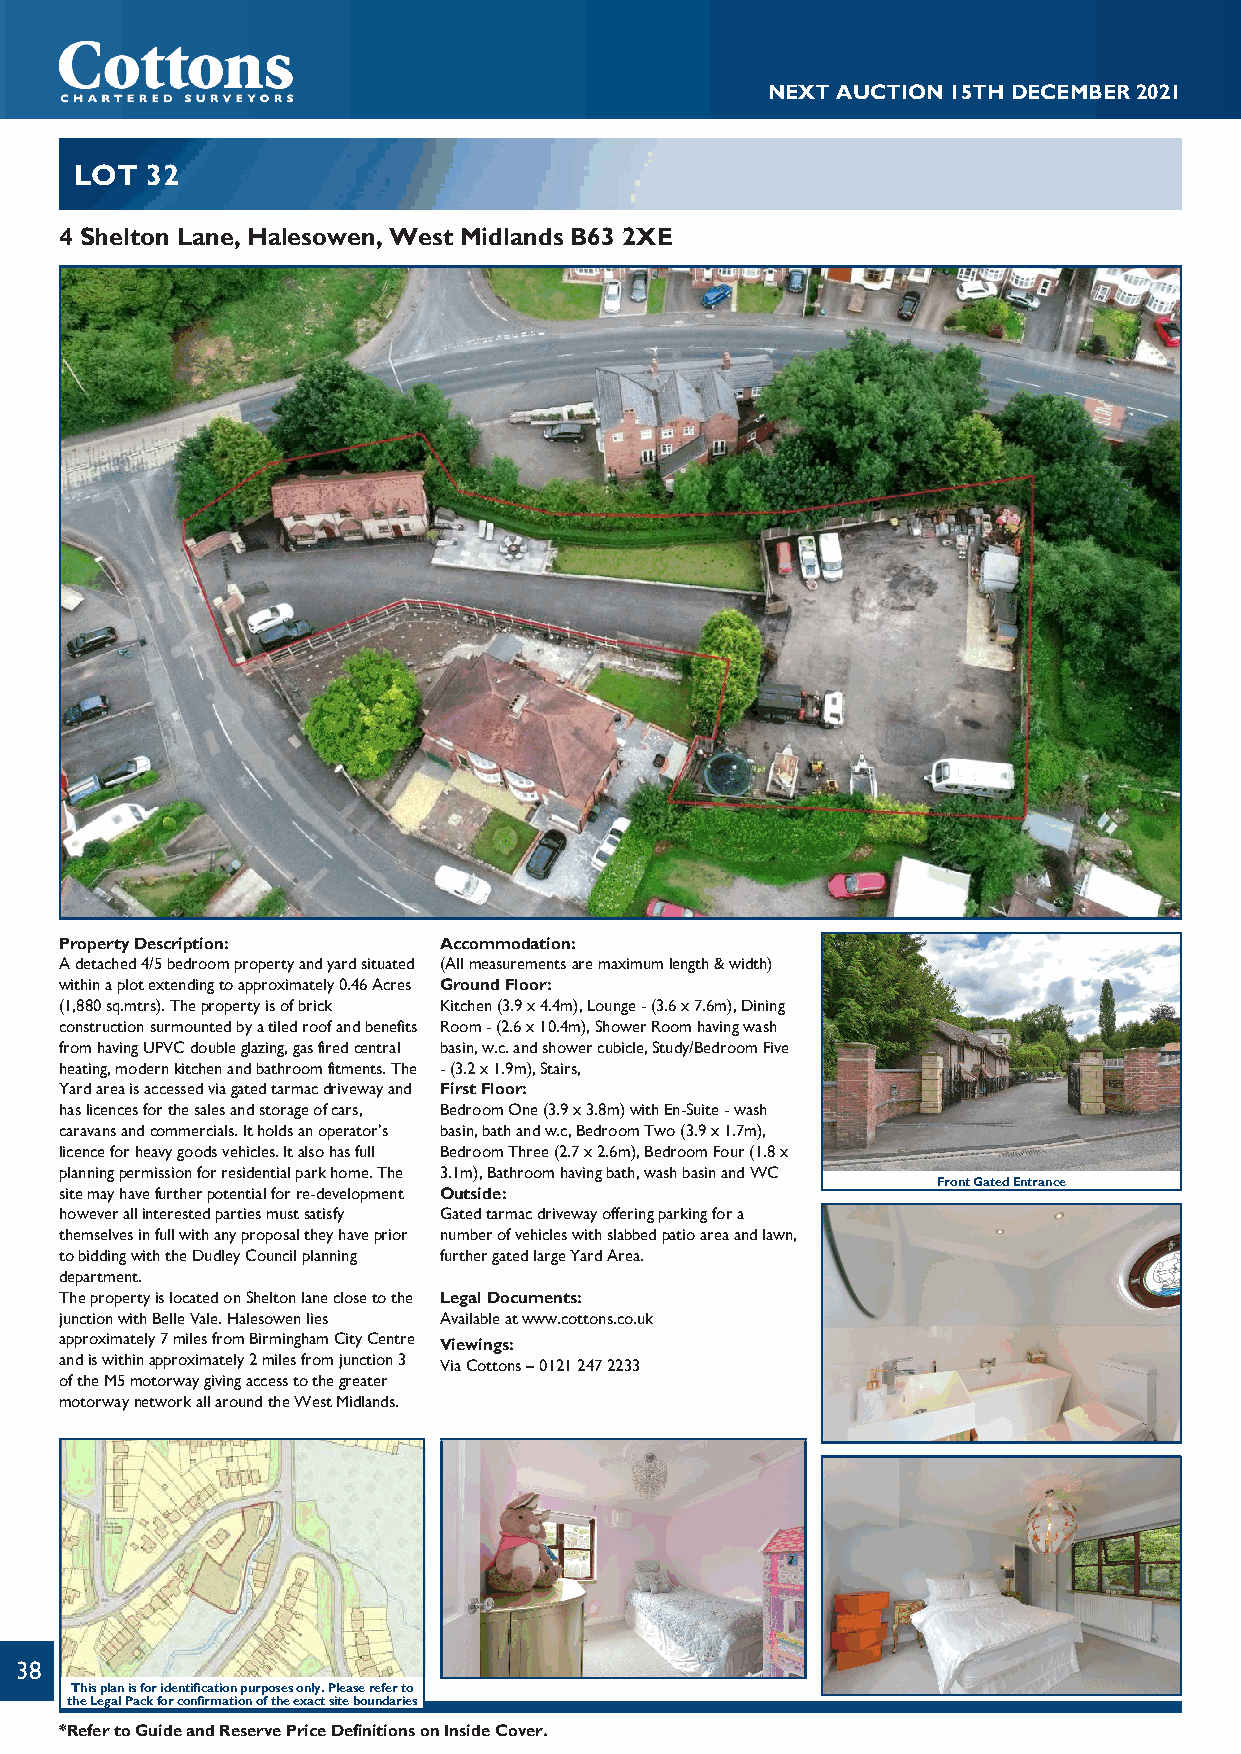
NEXTAUCTION15THDECEMBER2021
 LOT  32
 4 Shelton Lane, Halesowen, West Midlands B63 2XE
 PropertyDescription:     Accommodation:
 Adetached4/5bedroompropertyandyardsituated (Allmeasurementsaremaximumlength&width)
 withinaplotextendingtoapproximately0.46Acres GroundFloor:
 (1,880sq.mtrs).Thepropertyisofbrick Kitchen(3.9x4.4m),Lounge-(3.6x7.6m),Dining
 constructionsurmountedbyatiledroofandbenefits Room-(2.6x10.4m),ShowerRoomhavingwash
 fromhavingUPVCdoubleglazing,gasfiredcentral basin,w.c.andshowercubicle,Study/BedroomFive
 heating,modernkitchenandbathroomfitments.The -(3.2x1.9m),Stairs,
 Yardareaisaccessedviagatedtarmacdrivewayand FirstFloor:
 haslicencesforthesalesandstorageofcars, BedroomOne(3.9x3.8m)withEn-Suite-wash
 caravansandcommercials.Itholdsanoperator’s basin,bathandw.c,BedroomTwo(3.9x1.7m),
 licenceforheavygoodsvehicles.Italsohasfull BedroomThree(2.7x2.6m),BedroomFour(1.8x
 planningpermissionforresidentialparkhome.The 3.1m),Bathroomhavingbath,washbasinandWC
 FrontGatedEntrance
 sitemayhavefurtherpotentialforre-development Outside:
 howeverallinterestedpartiesmustsatisfy Gatedtarmacdrivewayofferingparkingfora
 themselvesinfullwithanyproposaltheyhaveprior numberofvehicleswithslabbedpatioareaandlawn,
 tobiddingwiththeDudleyCouncilplanning furthergatedlargeYardArea.
 department.
 ThepropertyislocatedonSheltonlaneclosetothe LegalDocuments:
 junctionwithBelleVale.Halesowenlies Availableatwww.cottons.co.uk
 approximately7milesfromBirminghamCityCentre Viewings:
 andiswithinapproximately2milesfromjunction3 ViaCottons–01212472233
 oftheM5motorwaygivingaccesstothegreater
 motorwaynetworkallaroundtheWestMidlands.
 38
 Thisplanisforidentificationpurposesonly.Pleasereferto
 theLegalPackforconfirmationoftheexactsiteboundaries
 *RefertoGuideandReservePriceDefinitionsonInsideCover.